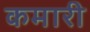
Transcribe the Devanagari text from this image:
कमारी